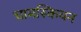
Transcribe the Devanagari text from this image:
चामस्कियन